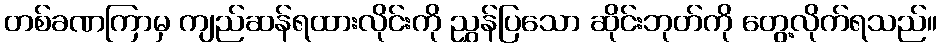
တစ်ခဏကြာမှ ကျည်ဆန်ရထားလိုင်းကို ညွှန်ပြသော ဆိုင်းဘုတ်ကို တွေ့လိုက်ရသည်။